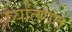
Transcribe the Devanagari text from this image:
व्‍यतिगत